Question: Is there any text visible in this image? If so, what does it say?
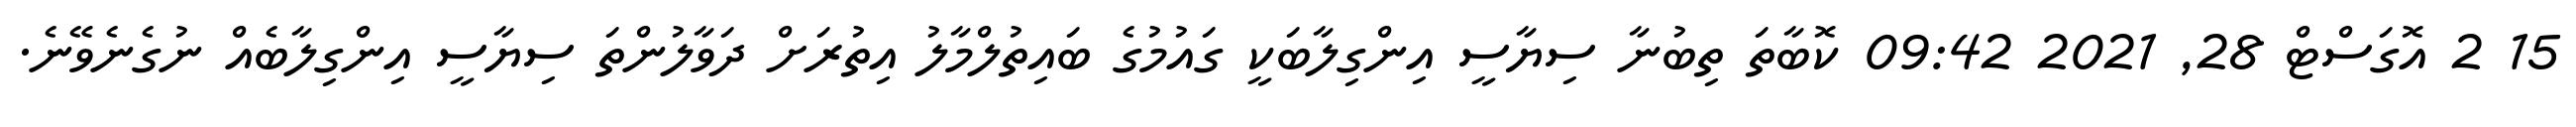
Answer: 15 2 އޮގަސްޓް 28, 2021 09:42 ކޮބާތަ ތިބުނާ ސިޔާސީ އިންގިލާބަކީ ގައުމުގެ ބައިތުލްމާލު އިތުރަށް ދަވާލުންތަ ސިޔާސީ އިންގިލާބެއް ނުގެނެވޭނެ.